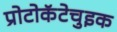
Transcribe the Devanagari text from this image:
प्रोटोकॅटेचुइक